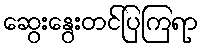
ဆွေးနွေးတင်ပြကြရာ